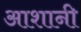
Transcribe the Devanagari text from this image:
आशानी